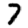
Digit: 7